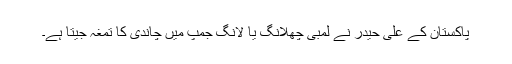
پاکستان کے علی حیدر نے لمبی چھلانگ یا لانگ جمپ میں چاندی کا تمغہ جیتا ہے۔